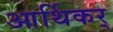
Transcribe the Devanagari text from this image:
आर्थिकर्